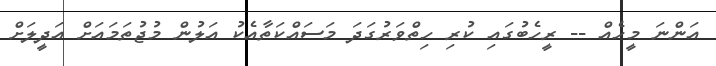
އަންނަ މީހެއް -- ރީހެބުގައި ކުރި ހިތްވަރުގަދަ މަސައްކަތާއެކު އަލުން މުޖުތަމައަށް އަދީލަށް